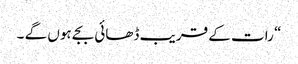
“ رات کے قریب ڈھائی بجے ہوں گے ۔